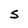
Character: S